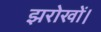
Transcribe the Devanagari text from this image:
झरोखों।